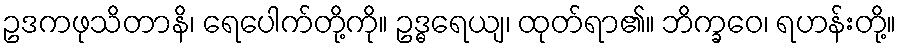
ဥဒကဖုသိတာနိ၊ ရေပေါက်တို့ကို။ ဥဒ္ဓရေယျ၊ ထုတ်ရာ၏။ ဘိက္ခဝေ၊ ရဟန်းတို့။